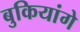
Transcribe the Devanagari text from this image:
बुकियांगे